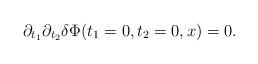
LaTeX: \begin{align*}\partial_{t_1}\partial_{t_2}\delta\Phi(t_1=0,t_2=0,x)=0.\end{align*}